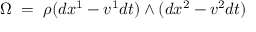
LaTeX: \Omega \; = \; \rho ( d x ^ { 1 } - v ^ { 1 } d t ) \land ( d x ^ { 2 } - v ^ { 2 } d t )